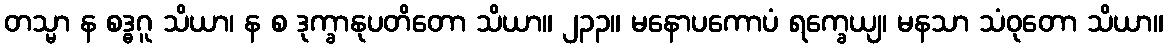
တသ္မာ န စဒ္ဓဂူ သိယာ၊ န စ ဒုက္ခာနုပတိတော သိယာ။ ၂၃၃။ မနောပကောပံ ရက္ခေယျ၊ မနသာ သံဝုတော သိယာ။